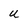
Character: u